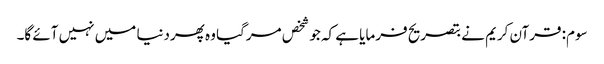
سوم: قرآن کریم نے بتصریح فرمایا ہے کہ جو شخص مرگیا وہ پھردنیا میں نہیں آئے گا۔